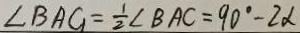
\angle B A G = \frac { 1 } { 2 } \angle B A C = 9 0 ^ { \circ } - 2 \alpha